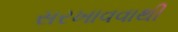
સરખાવવાથી